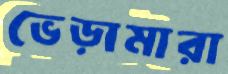
ভেড়ামারা